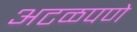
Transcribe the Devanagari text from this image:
अटळपणे